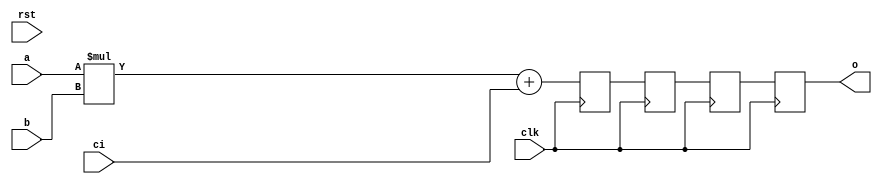
module ffra 
#(
    parameter BITS=8
) (
`ifdef USE_POWER_PINS
    input vdd,
    input vss,
`endif
    input clk,
    input rst, // unused, but amaranth still creates it
    input [BITS-1:0] a,
    input [BITS-1:0] b,
    input [BITS*2-1:0] ci,
    output [BITS*2-1:0] o
);
    reg [BITS*2-1:0] o_tmp[3:0];

    always @(posedge clk) begin
	o_tmp[3] = o_tmp[2];
	o_tmp[2] = o_tmp[1];
	o_tmp[1] = o_tmp[0];
	o_tmp[0] = (a * b) + ci;
    end

    assign o = o_tmp[3];
endmodule